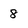
Character: 8